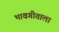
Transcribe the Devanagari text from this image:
भावगीताला